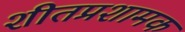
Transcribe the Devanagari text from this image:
शीतप्रशामक